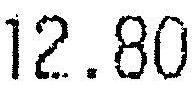
12.80